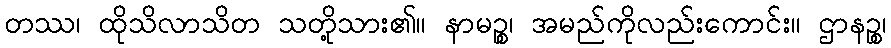
တဿ၊ ထိုသိလာသိတ သတို့သား၏။ နာမဉ္စ၊ အမည်ကိုလည်းကောင်း။ ဌာနဉ္စ၊